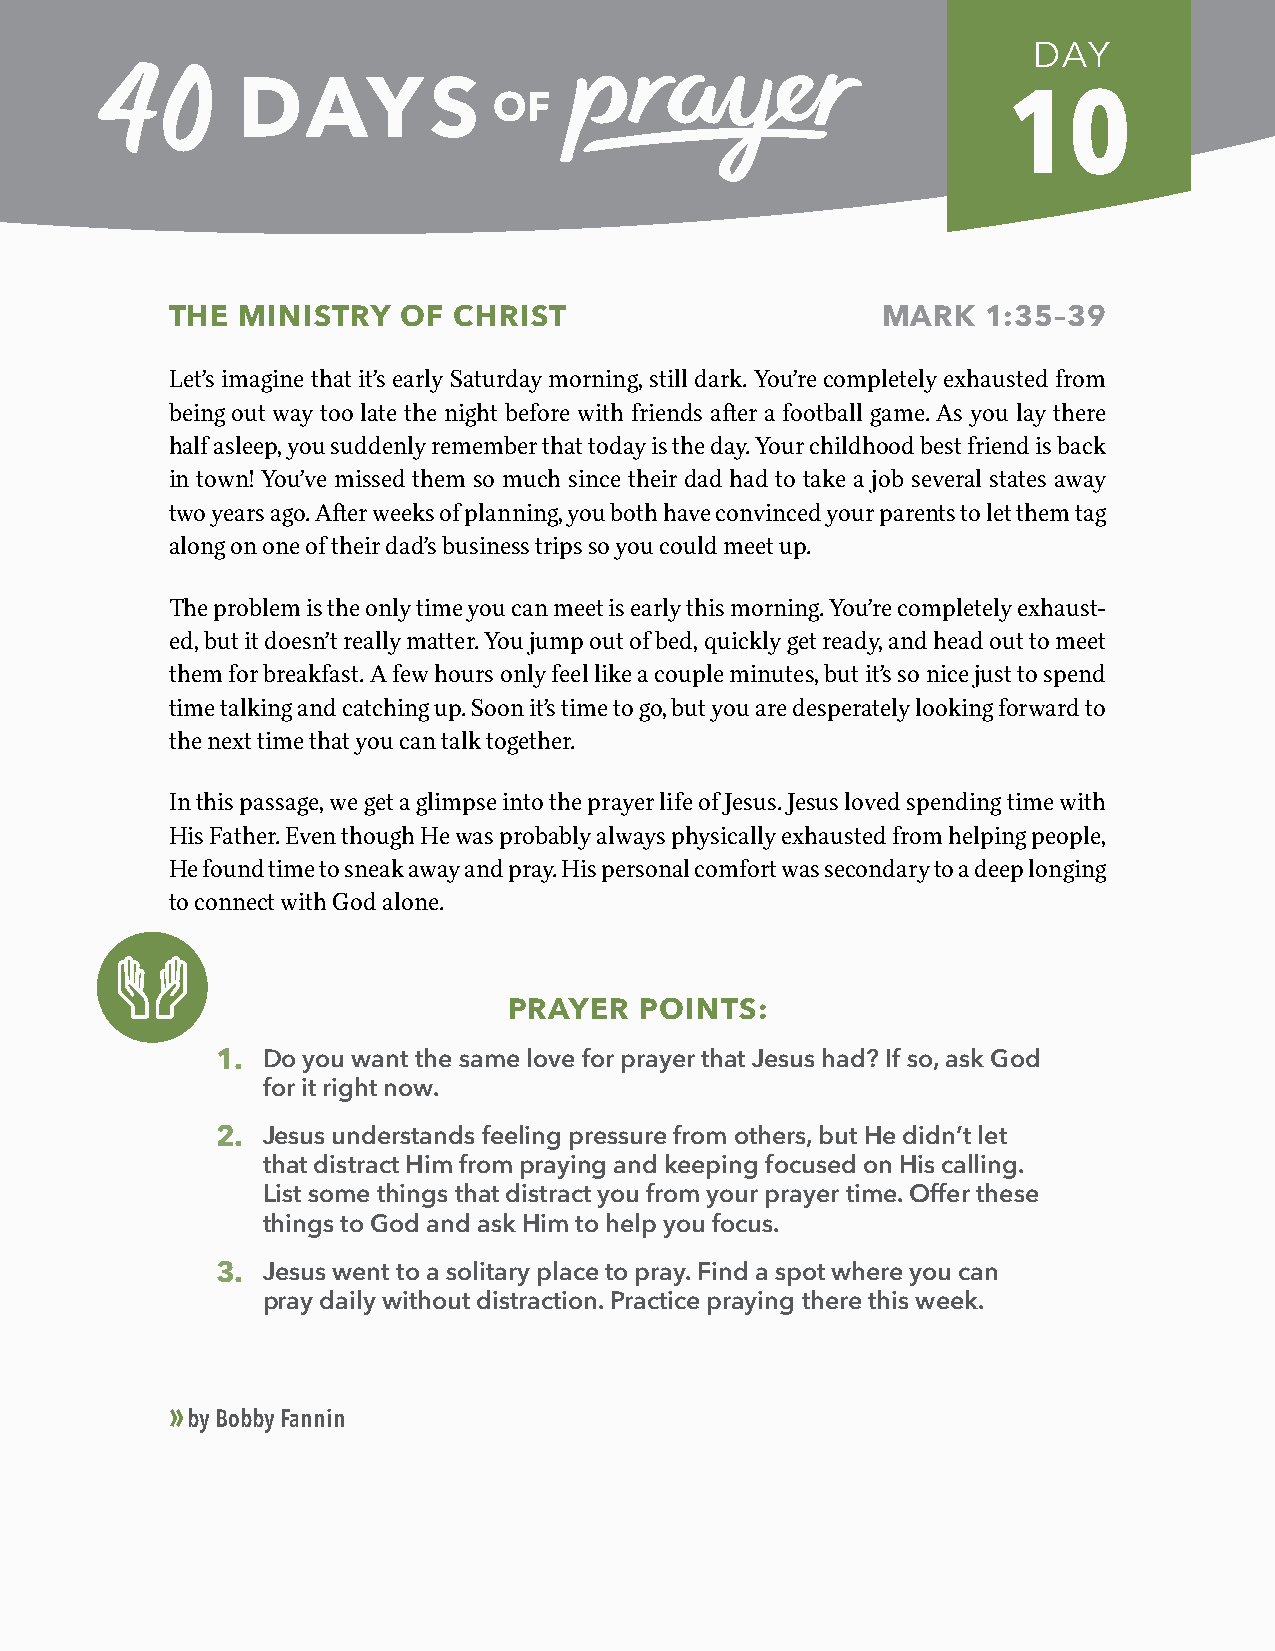
DAY
 10
 THE  MINISTRY   OF CHRIST                      MARK   1:35–39
 Let’s imagine that it’s early Saturday morning, still dark. You’re completely exhausted from
 being out way too late the night before with friends after a football game. As you lay there
 half asleep, you suddenly remember that today is the day. Your childhood best friend is back
 in town! You’ve missed them so much since their dad had to take a job several states away
 two years ago. After weeks of planning, you both have convinced your parents to let them tag
 along on one of their dad’s business trips so you could meet up.
 The problem is the only time you can meet is early this morning. You’re completely exhaust-
 ed, but it doesn’t really matter. You jump out of bed, quickly get ready, and head out to meet
 them for breakfast. A few hours only feel like a couple minutes, but it’s so nice just to spend
 time talking and catching up. Soon it’s time to go, but you are desperately looking forward to
 the next time that you can talk together.
 In this passage, we get a glimpse into the prayer life of Jesus. Jesus loved spending time with
 His Father. Even though He was probably always physically exhausted from helping people,
 He found time to sneak away and pray. His personal comfort was secondary to a deep longing
 to connect with God alone.
 PRAYER  POINTS:
 1. Do you want the same love for prayer that Jesus had? If so, ask God
 for it right now.
 2. Jesus understands feeling pressure from others, but He didn’t let
 that distract Him from praying and keeping focused on His calling.
 List some things that distract you from your prayer time. Offer these
 things to God and ask Him to help you focus.
 3. Jesus went to a solitary place to pray. Find a spot where you can
 pray daily without distraction. Practice praying there this week.
 »
 by Bobby Fannin